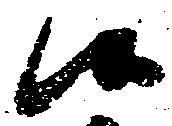
候